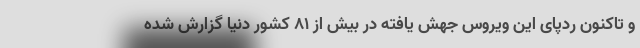
و تاکنون ردپای این ویروس جهش یافته در بیش از ٨١ کشور دنیا گزارش شده